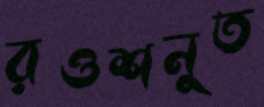
রওশনুত